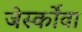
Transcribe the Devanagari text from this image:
जेर्स्कोवा